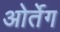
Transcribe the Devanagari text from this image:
ओर्तेग